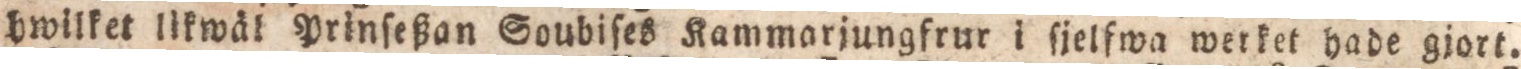
hwilket likwäl Prinſeßan Soubiſes Kammarjungfrur i ſjelfwa werket hade gjort.